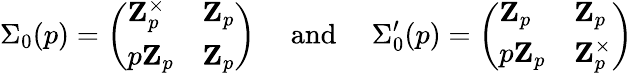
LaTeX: \Sigma_{0}(p)=\left(\begin{array}{ll}{\mathbf{Z}_{p}^{\times}}&{\mathbf{Z}_{p}}\\ {p\mathbf{Z}_{p}}&{\mathbf{Z}_{p}}\end{array}\right)\quad\mathrm{~and~}\quad\Sigma_{0}^{\prime}(p)=\left(\begin{array}{ll}{\mathbf{Z}_{p}}&{\mathbf{Z}_{p}}\\ {p\mathbf{Z}_{p}}&{\mathbf{Z}_{p}^{\times}}\end{array}\right)